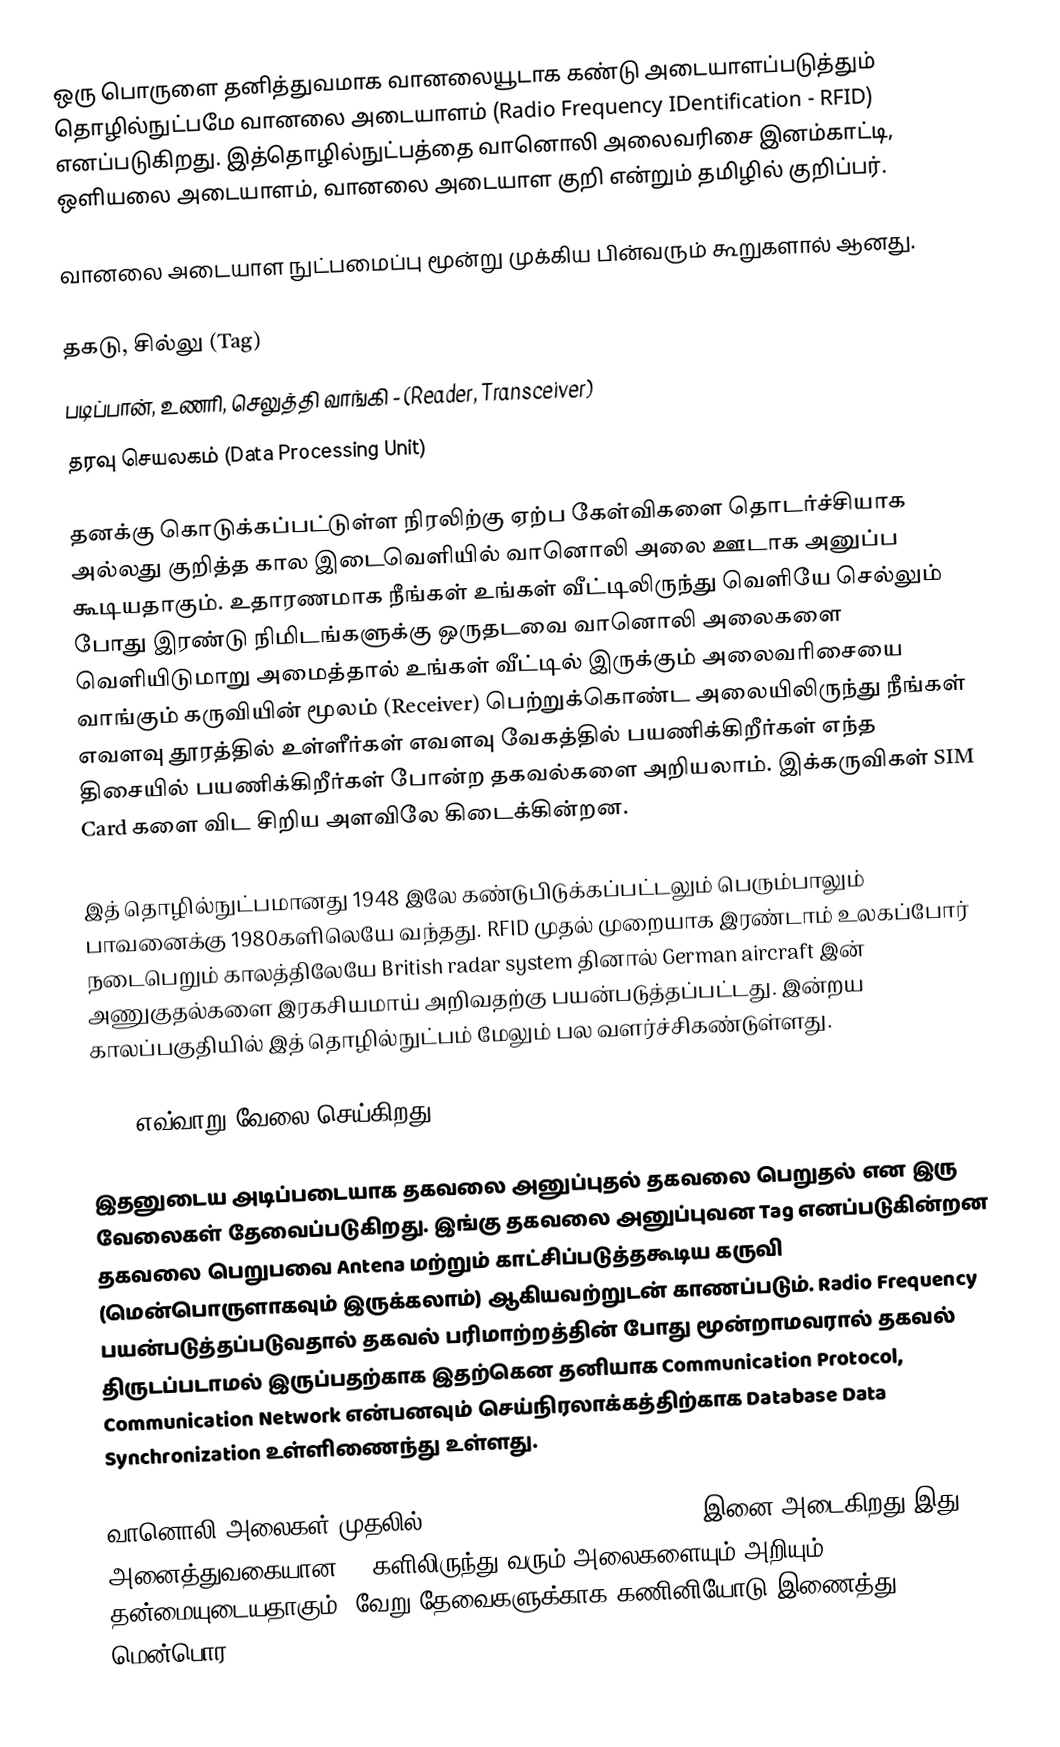
ஒரு பொருளை தனித்துவமாக வானலையூடாக கண்டு அடையாளப்படுத்தும் தொழில்நுட்பமே வானலை அடையாளம் (Radio Frequency IDentification - RFID) எனப்படுகிறது. இத்தொழில்நுட்பத்தை வானொலி அலைவரிசை இனம்காட்டி, ஒளியலை அடையாளம், வானலை அடையாள குறி என்றும் தமிழில் குறிப்பர்.

வானலை அடையாள நுட்பமைப்பு மூன்று முக்கிய பின்வரும் கூறுகளால் ஆனது.

 தகடு, சில்லு (Tag)
 படிப்பான், உணரி, செலுத்தி வாங்கி - (Reader, Transceiver)
 தரவு செயலகம் (Data Processing Unit)

தனக்கு கொடுக்கப்பட்டுள்ள நிரலிற்கு ஏற்ப கேள்விகளை தொடர்ச்சியாக அல்லது குறித்த கால இடைவெளியில் வானொலி அலை ஊடாக அனுப்ப கூடியதாகும். உதாரணமாக நீங்கள் உங்கள் வீட்டிலிருந்து வெளியே செல்லும் போது இரண்டு நிமிடங்களுக்கு ஒருதடவை வானொலி அலைகளை வெளியிடுமாறு அமைத்தால் உங்கள் வீட்டில் இருக்கும் அலைவரிசையை வாங்கும் கருவியின் மூலம் (Receiver) பெற்றுக்கொண்ட அலையிலிருந்து நீங்கள் எவளவு தூரத்தில் உள்ளீர்கள் எவளவு  வேகத்தில் பயணிக்கிறீர்கள் எந்த திசையில் பயணிக்கிறீர்கள் போன்ற தகவல்களை அறியலாம். இக்கருவிகள் SIM Card களை விட சிறிய அளவிலே கிடைக்கின்றன.

இத் தொழில்நுட்பமானது 1948 இலே கண்டுபிடுக்கப்பட்டலும் பெரும்பாலும் பாவனைக்கு 1980களிலெயே வந்தது. RFID முதல் முறையாக இரண்டாம் உலகப்போர் நடைபெறும் காலத்திலேயே British radar system தினால் German aircraft இன் அணுகுதல்களை இரகசியமாய் அறிவதற்கு பயன்படுத்தப்பட்டது. இன்றய காலப்பகுதியில் இத் தொழில்நுட்பம் மேலும் பல வளர்ச்சிகண்டுள்ளது.

RFID எவ்வாறு வேலை செய்கிறது?

இதனுடைய அடிப்படையாக தகவலை அனுப்புதல் தகவலை பெறுதல் என இரு வேலைகள் தேவைப்படுகிறது.  இங்கு தகவலை அனுப்புவன Tag எனப்படுகின்றன தகவலை பெறுபவை Antena மற்றும் காட்சிப்படுத்தகூடிய கருவி (மென்பொருளாகவும் இருக்கலாம்) ஆகியவற்றுடன் காணப்படும். Radio Frequency  பயன்படுத்தப்படுவதால் தகவல் பரிமாற்றத்தின் போது மூன்றாமவரால் தகவல் திருடப்படாமல் இருப்பதற்காக இதற்கென தனியாக Communication Protocol, Communication Network என்பனவும் செய்நிரலாக்கத்திற்காக Database Data Synchronization உள்ளிணைந்து உள்ளது.

வானொலி அலைகள் முதலில் Electronic Product Code (EPC) இனை அடைகிறது இது  அனைத்துவகையான Tagகளிலிருந்து வரும் அலைகளையும் அறியும் தன்மையுடையதாகும், வேறு தேவைகளுக்காக கணினியோடு இணைத்து மென்பொர